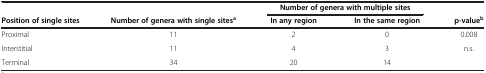
<table><thead><tr><td><b> </b></td><td><b> </b></td><td colspan="2"><b>Number of genera with multiple sites</b></td><td><b> </b></td></tr><tr><td><b>Position of single sites</b></td><td><b>Number of genera with single sites<sup>a</sup></b></td><td><b>In any region</b></td><td><b>In the same region</b></td><td><b>p-value<sup>b</sup></b></td></tr></thead><tbody><tr><td>Proximal</td><td>11</td><td>2</td><td>0</td><td>0.008</td></tr><tr><td>Interstitial</td><td>11</td><td>4</td><td>3</td><td>n.s.</td></tr><tr><td>Terminal</td><td>34</td><td>20</td><td>14</td><td> </td></tr></tbody></table>